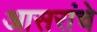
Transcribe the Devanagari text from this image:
आसरांचे